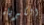
الكبرياء